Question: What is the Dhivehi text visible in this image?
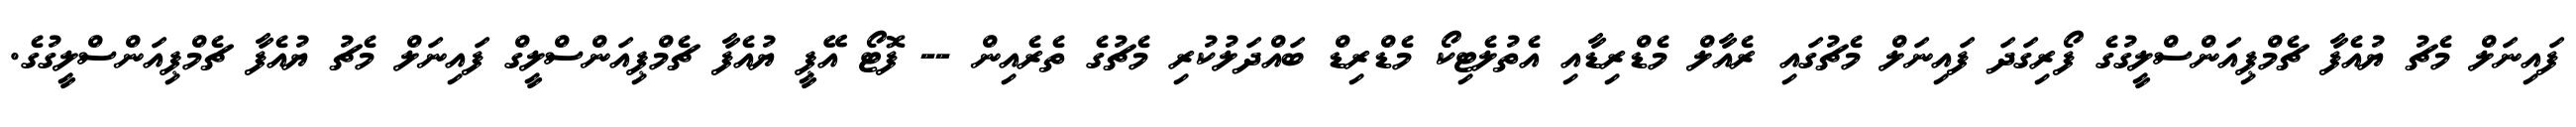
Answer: ފައިނަލް މެޗު ޔުއެފާ ޗެމްޕިއަންސްލީގުގެ ފޯރިގަދަ ފައިނަލް މެޗުގައި ރެއާލް މެޑްރިޑާއި އެތުލެޓިކޯ މެޑްރިޑް ބައްދަލުކުރި މެޗުގެ ތެރެއިން -- ފޮޓޯ އޭޕީ ޔުއެފާ ޗެމްޕިއަންސްލީގް ފައިނަލް މެޗު ޔުއެފާ ޗެމްޕިއަންސްލީގުގެ.